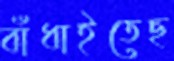
বাঁধাইতেছ